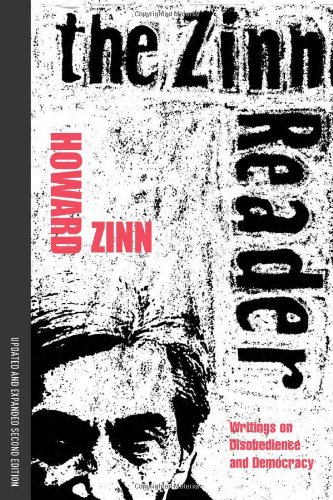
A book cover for The Zinn Reader: Writings on Disobedience and Democracy; Howard Zinn; History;